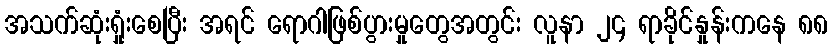
အသက်ဆုံးရှုံးစေပြီး အရင် ရောဂါဖြစ်ပွားမှုတွေအတွင်း လူနာ ၂၄ ရာခိုင်နှုန်းကနေ ၈၈